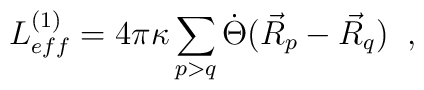
L^{(1)}_{eff}=4\pi\kappa\sum_{p>q}\dot{\Theta}(\vec{R}_{p}-\vec{R}_{q})\;\;,